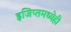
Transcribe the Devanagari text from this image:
इजिप्तमध्येही